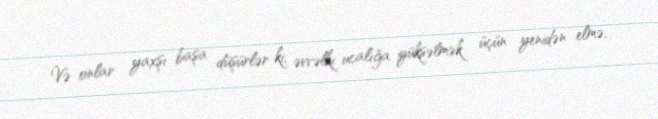
Və onlar yaxşı başa düşürlər ki, əvvəlki ucalığa yüksəlmək üçün yenidən elmə,